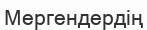
Мергендердің